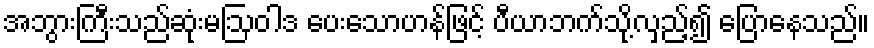
အဘွားကြီးသည်ဆုံးမဩဝါဒ ပေးသောဟန်ဖြင့် ပီယာဘက်သို့လှည့်၍ ပြောနေသည်။